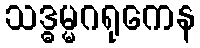
သဒ္ဓမ္မဂရုကေန